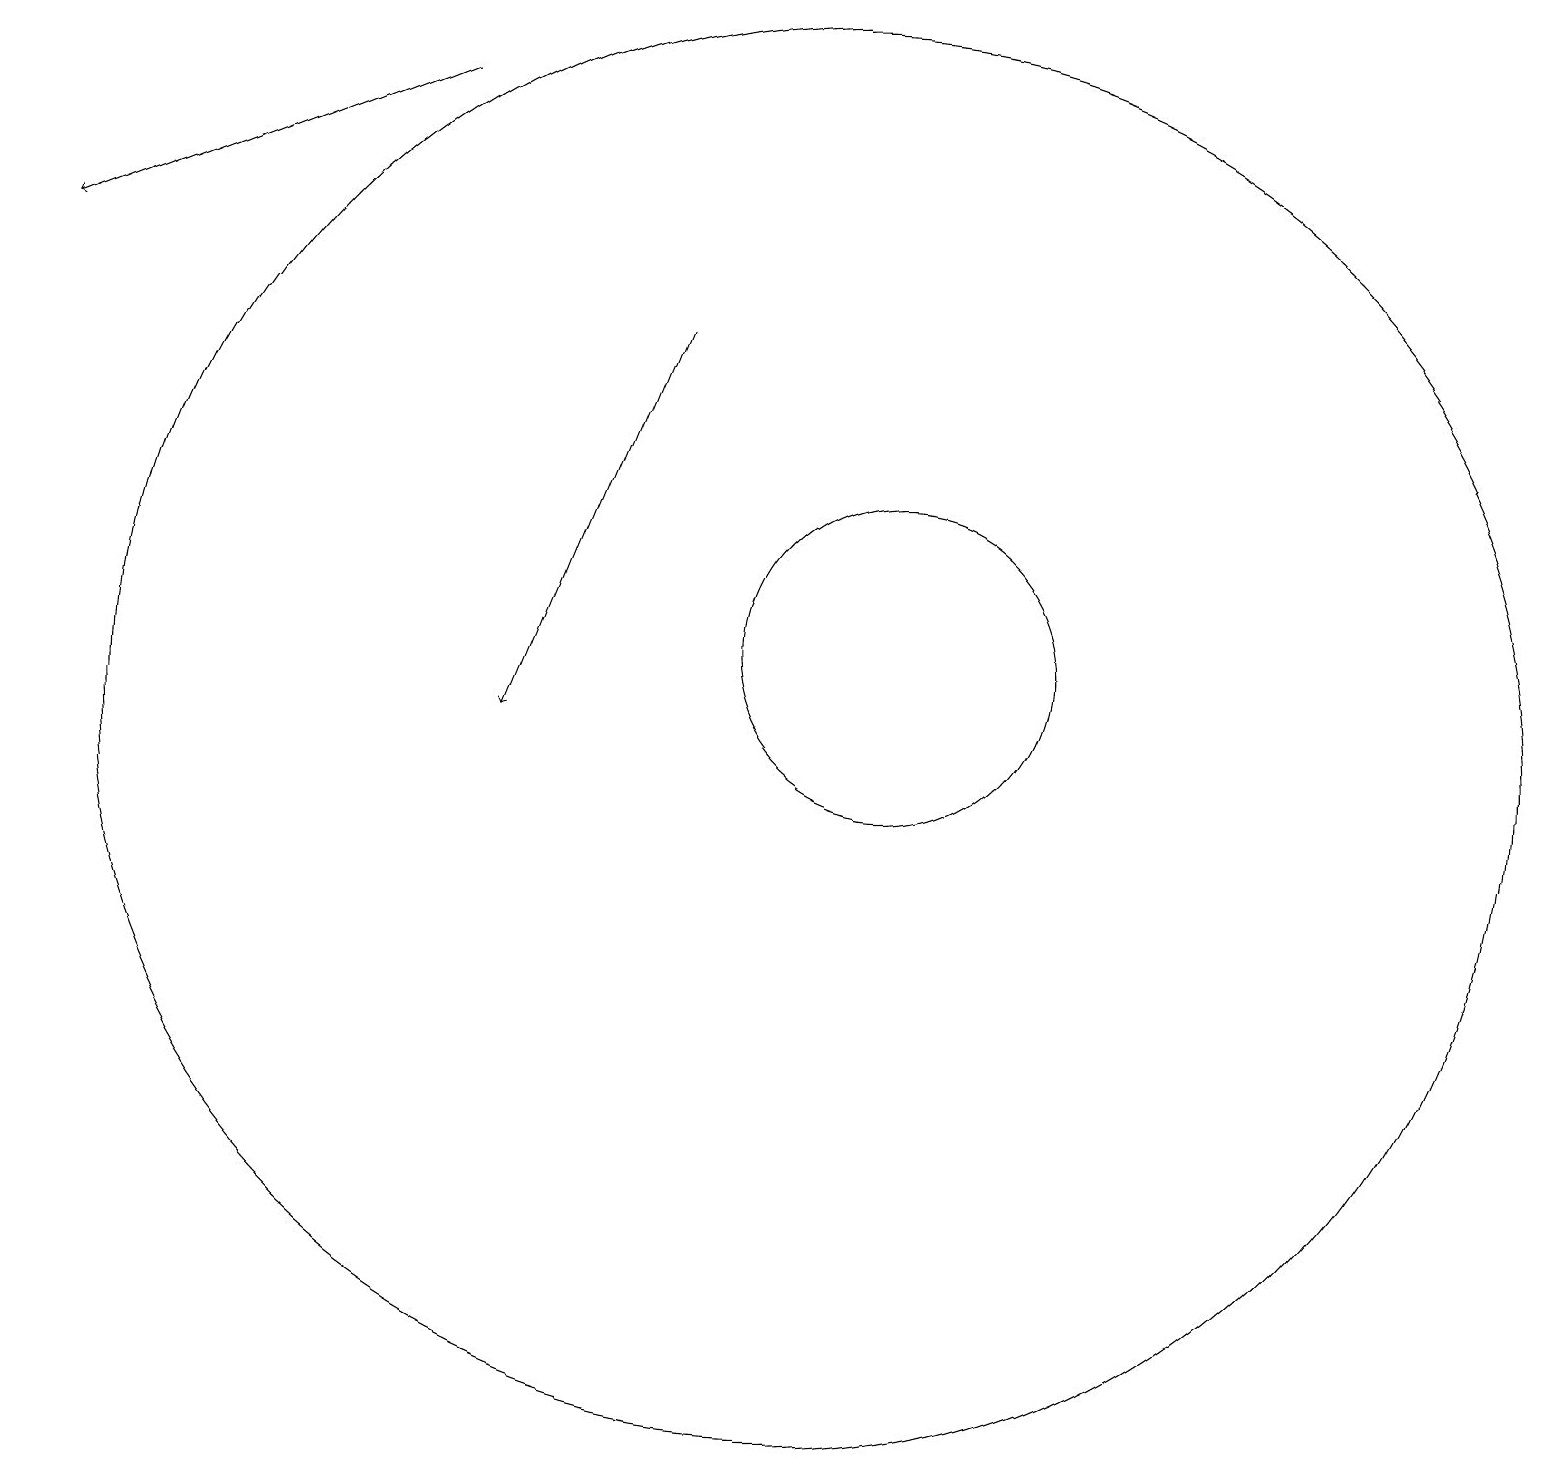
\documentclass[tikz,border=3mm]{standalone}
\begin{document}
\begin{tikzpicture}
\draw[->] (5,18) -- (0,16);
\draw (10,10) circle (9);
\draw (11,11) circle (2);
\draw[->] (8,15) -- (6,10);
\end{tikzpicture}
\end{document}